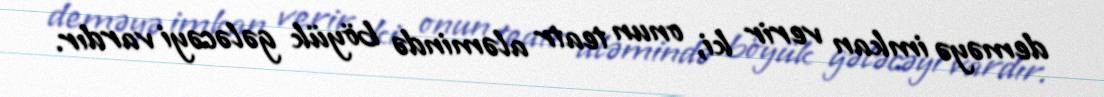
deməyə imkan verir ki, onun teatr aləmində böyük gələcəyi vardır.